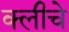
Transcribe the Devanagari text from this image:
क्लीचे